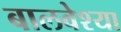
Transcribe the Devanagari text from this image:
बालवेश्या